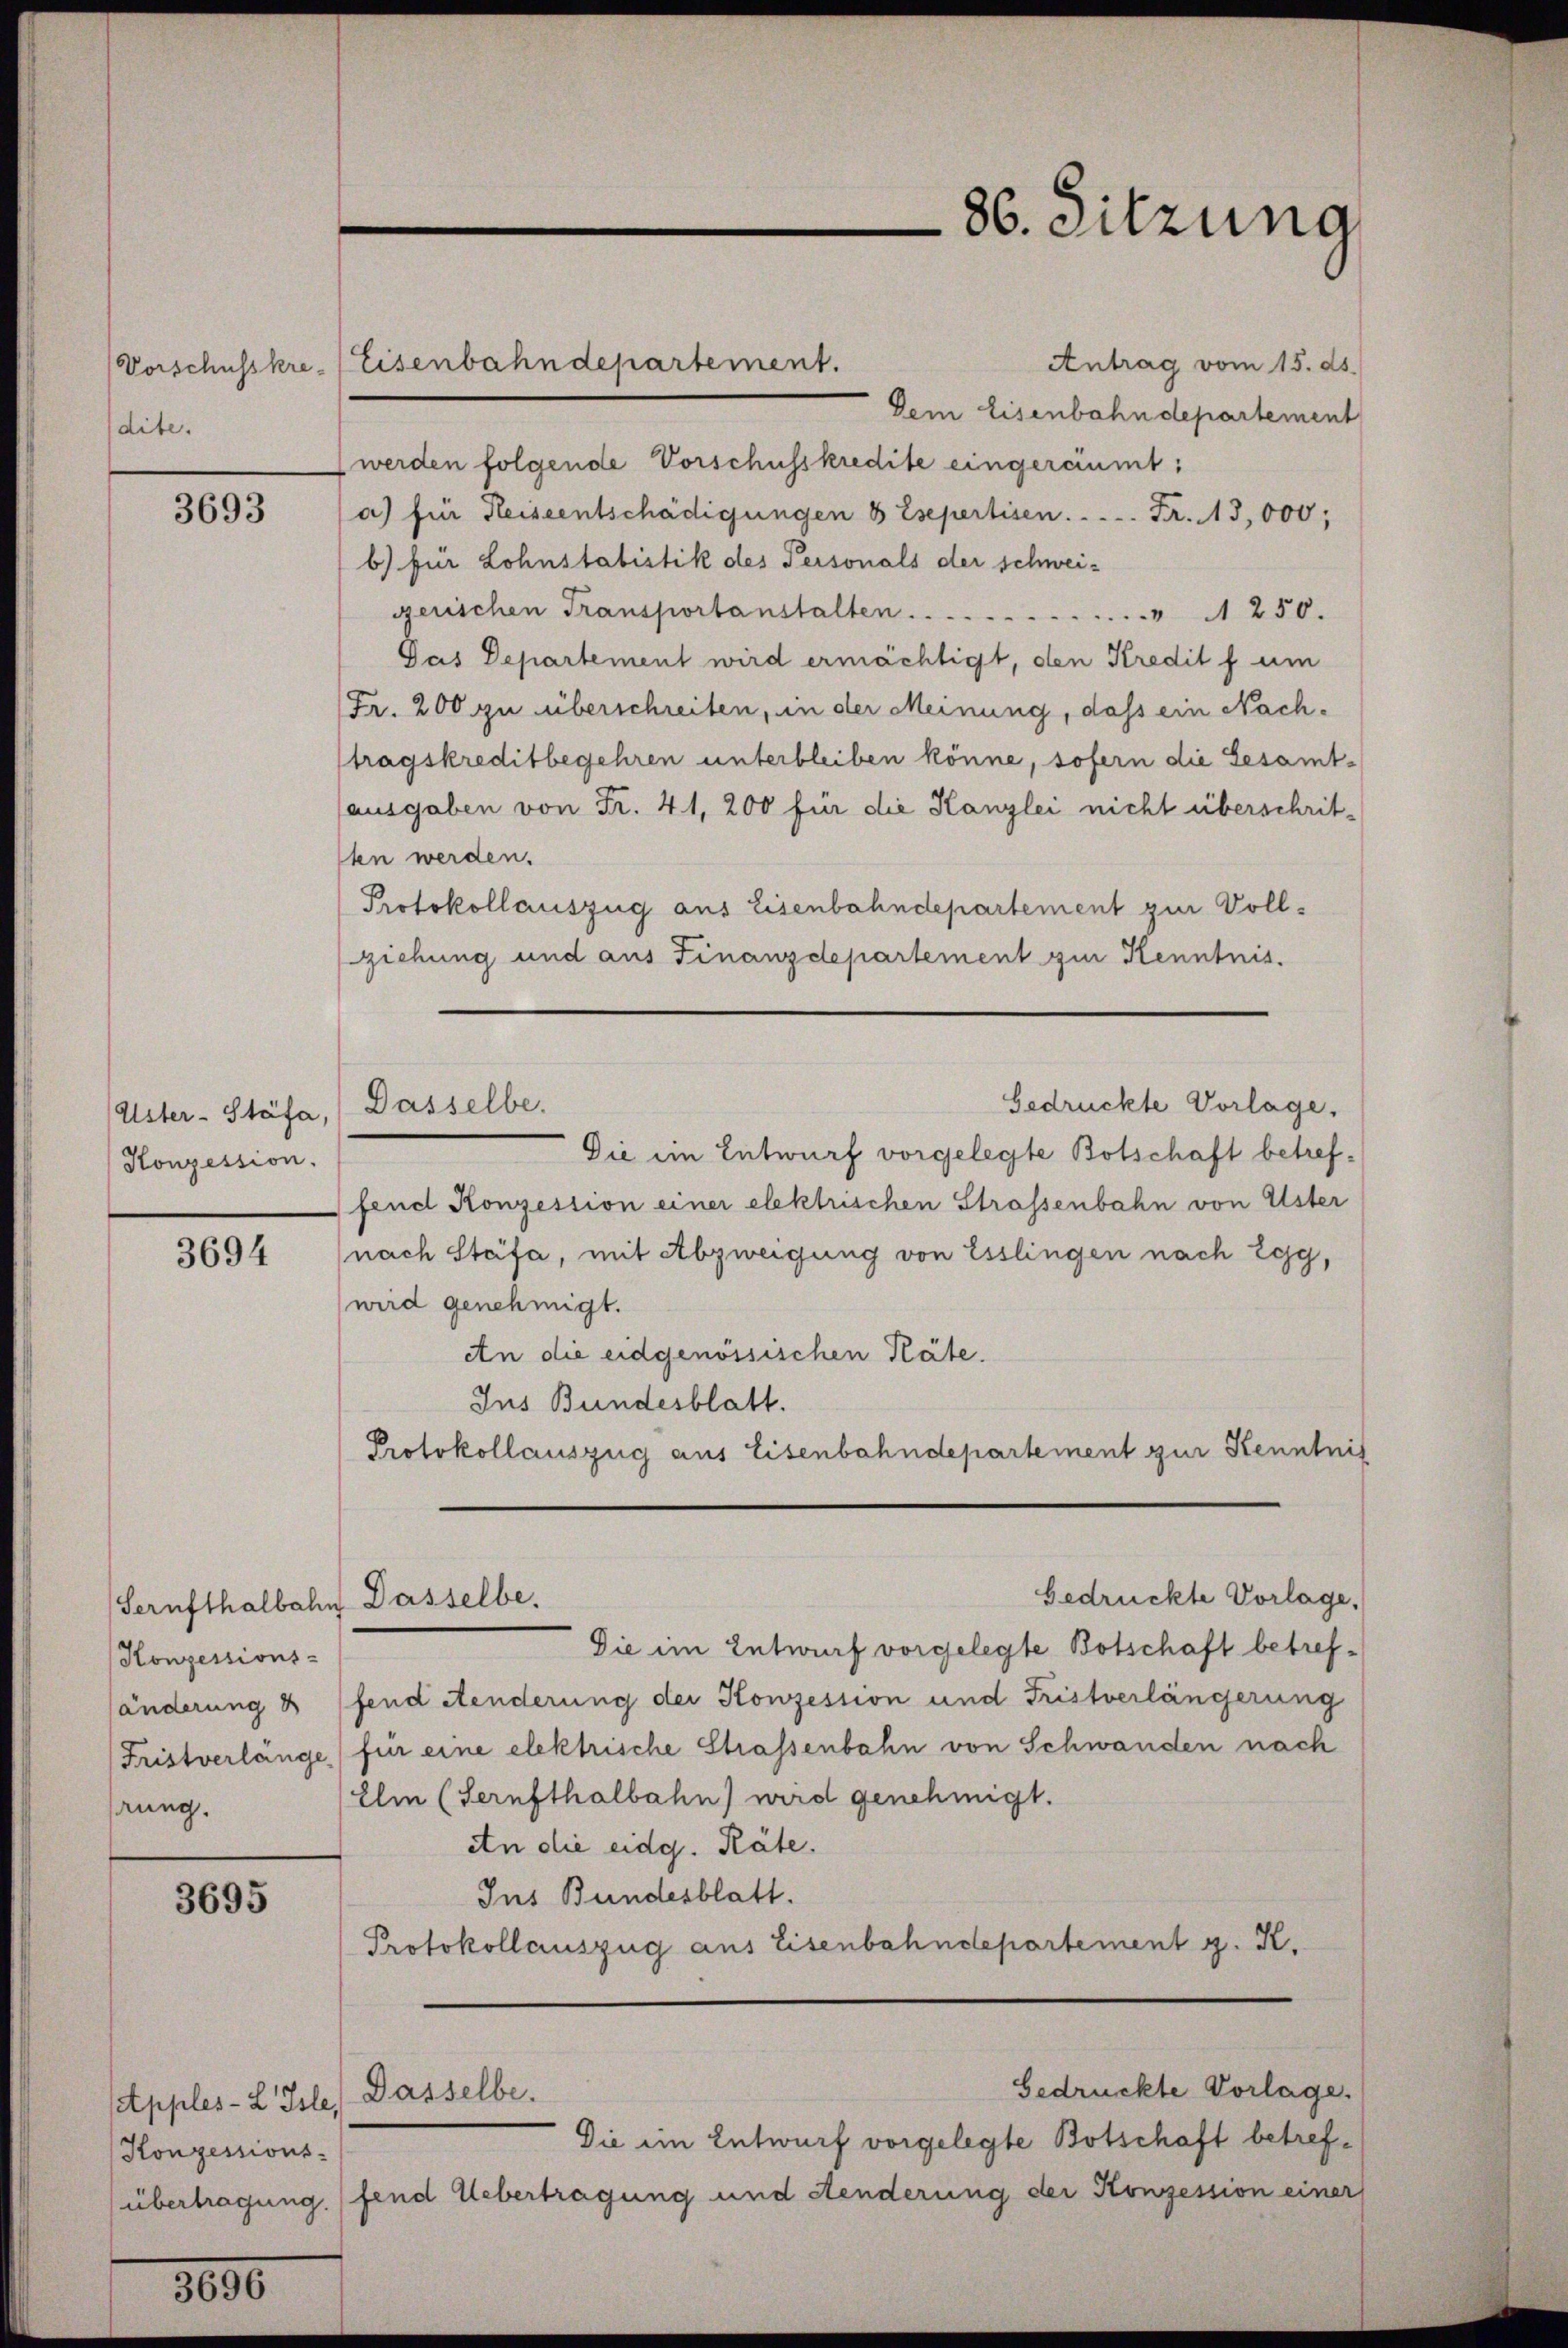
(Vorschusskre-
dite.

3693

Uster- Stäfa,
Konzession.

3694

3695

3000

Antrag vom 15. ds.
Eisenbahndepartement.
Dem Eisenbahndepartement
werden folgende Vorschusskredite eingeräumt:
a) für Heiseentschädigungen 8 Esepertisen . . . . . . . . . . . . .   Fr. 13,000,
b) für Lohnstatistik des Personals der schweigerischen Transportanstalten  .. ..  ..  ..  ..  ..  ..  ..  ..  .. . . 250.
Gas Departement wird ermächtigt, den Kredit f um
Fr. 200 zu überschreiten, in der Meinung, dass ein Nachtragskreditbegehren unterbleiben könne, sofern die Gesamt-
(ausgaben von Fr. 41, 200 für die Kanzlei nicht überschritten werden.
Protokollauszug aus Eisenbahndepartement zur Vollziehung und aus Finanzdepartement zur Kenntnis.
Gedrückte Vorlage.
Dasselbe.
Die im Entwurf vorgelegte Botschaft betreffend Konzession einer elektrischen Strassenbahn von Uster
(nach Stäfa, mit Abzweigung von Esslingen nach Egg,
wird genehmigt.
An die eidgenössischen Räte.
Ins Bundesblatt.
Protokollauszug aus Eisenbahndepartement zur Kenntnis

Sernfthalbahn Dasselbe.
Konzessions-
rung.

Apples-L Isle
Konzessions-

Dasselbe.

86. Sitzung

bedrückte Vorlage,

Die im Entwurf vorgelegte Botschaft betrefänderung & ffend Aenderung der Konzession und Fristverlängerung
Fristverlänge für eine elektrische Strassenbahn von Schwanden nach
Elm (Sernsthalbahn) wird genehmigt.
atn die eidg. Räte.
Ins Bundesblatt.
Protokollauszug aus Eisenbahndepartement g. K.

bedrückte Vorlage.
Die ein Entwurf vorgelegte Botschaft betrefübertragung. (fend Uebertragung und Aenderung der Konzession einer